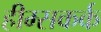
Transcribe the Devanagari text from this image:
हीम्सकर्क